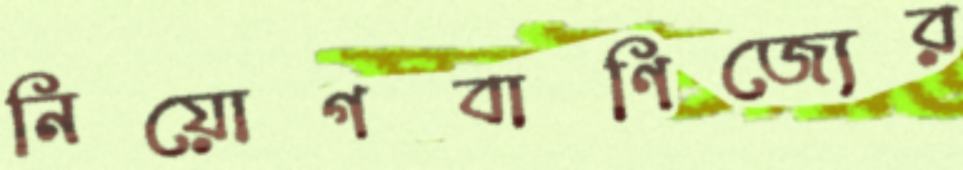
নিয়োগবাণিজ্যের